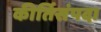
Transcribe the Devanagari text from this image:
कीर्तिसंपदा